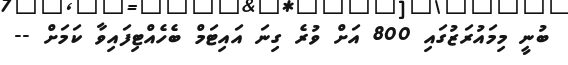
ބުނީ މިމައުރަޒުގައި 800 އަށް ވުރެ ގިނަ އައިޓަމް ބެހެއްޓިފައިވާ ކަމަށް --